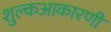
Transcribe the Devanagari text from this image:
शुल्कआकारणी